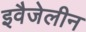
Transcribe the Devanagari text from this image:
इवैजेलीन